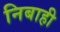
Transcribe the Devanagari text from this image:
निबाही